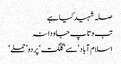
صلہ شہید کیا ہے
تب وتاپ جاودانہ
اسلام آباد‘ سے ’گلگت‘ پر دو ’حملے ‘